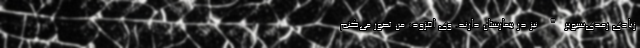
زیادی رمدی‌سیویر" نیز در بیمارستان دارند. وی افزود: من تصور می‌کنم